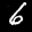
Label: 6